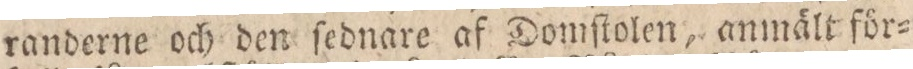
randerne och den ſednare af Domſtolen, anmält för=